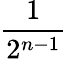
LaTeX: \frac{1}{2^{n-1}}